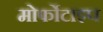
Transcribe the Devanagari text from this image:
मोर्फोटाइप